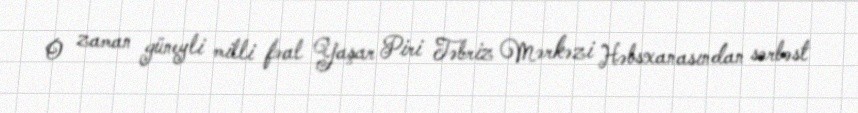
O zaman güneyli milli fəal Yaşar Piri Təbriz Mərkəzi Həbsxanasından sərbəst